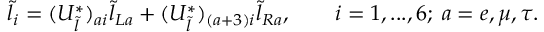
\tilde { l } _ { i } = ( U _ { \tilde { l } } ^ { * } ) _ { a i } \tilde { l } _ { L a } + ( U _ { \tilde { l } } ^ { * } ) _ { ( a + 3 ) i } \tilde { l } _ { R a } , \quad \quad i = 1 , . . . , 6 ; \; a = e , \mu , \tau .